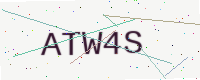
Text: ATW4S